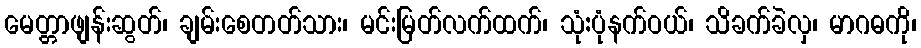
မေတ္တာဖျန်းဆွတ်၊ ချမ်းစေတတ်သား၊ မင်းမြတ်လက်ထက်၊ သုံ:ပုံနက်ဝယ်၊ သိခက်ခဲလှ၊ မာဂဓကို၊